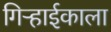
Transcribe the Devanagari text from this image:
गिऱ्हाईकाला